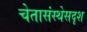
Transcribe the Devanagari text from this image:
चेतासंस्थेसदृश